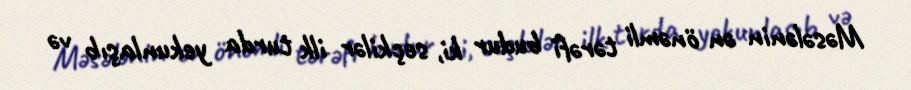
Məsələnin ən önəmli tərəfi budur ki, seçkilər ilk turda yekunlaşıb və